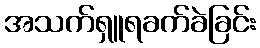
အသက်ရှူရခက်ခဲခြင်း